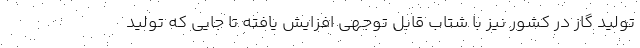
تولید گاز در کشور نیز با شتاب قابل توجهی افزایش یافته تا جایی که تولید